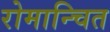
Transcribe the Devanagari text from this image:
रोमान्चित